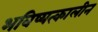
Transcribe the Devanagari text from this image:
भविष्यत्कालीन